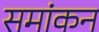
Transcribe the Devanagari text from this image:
समांकन